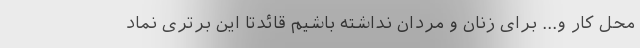
محل کار و... برای زنان و مردان نداشته باشیم قائدتا این برتری نماد